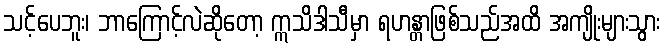
သင့်ပေဘူး၊ ဘာကြောင့်လဲဆိုတော့ ဣသိဒါသီမှာ ရဟန္တာဖြစ်သည်အထိ အကျိုးများသွား